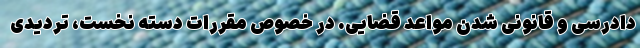
دادرسی و قانونی شدن مواعد قضایی. در خصوص مقررات دسته نخست، تردیدی